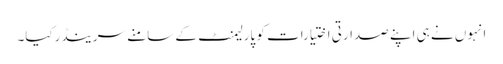
انہوں نے ہی اپنے صدارتی اختیارات کو پارلیمنٹ کے سامنے سرینڈرکیا۔